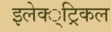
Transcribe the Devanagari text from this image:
इलेक्‍्ट्रिकल